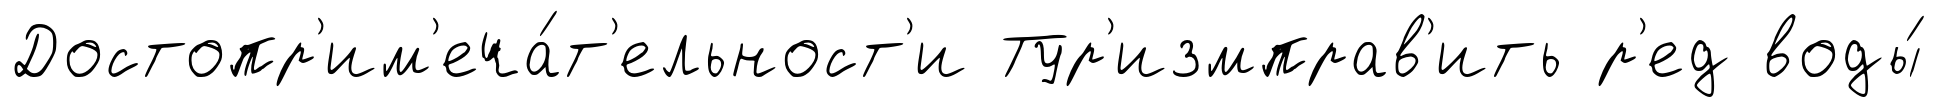
Достопр'им'еча́т'ельност'и Тур'измправ'ить р'ед воды́